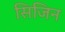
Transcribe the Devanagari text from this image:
सिजिन